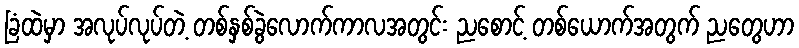
ခြံထဲမှာ အလုပ်လုပ်တဲ့ တစ်နှစ်ခွဲလောက်ကာလအတွင်း ညစောင့် တစ်ယောက်အတွက် ညတွေဟာ